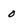
Character: 0